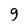
Character: g